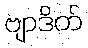
ဗျာဒိတ်